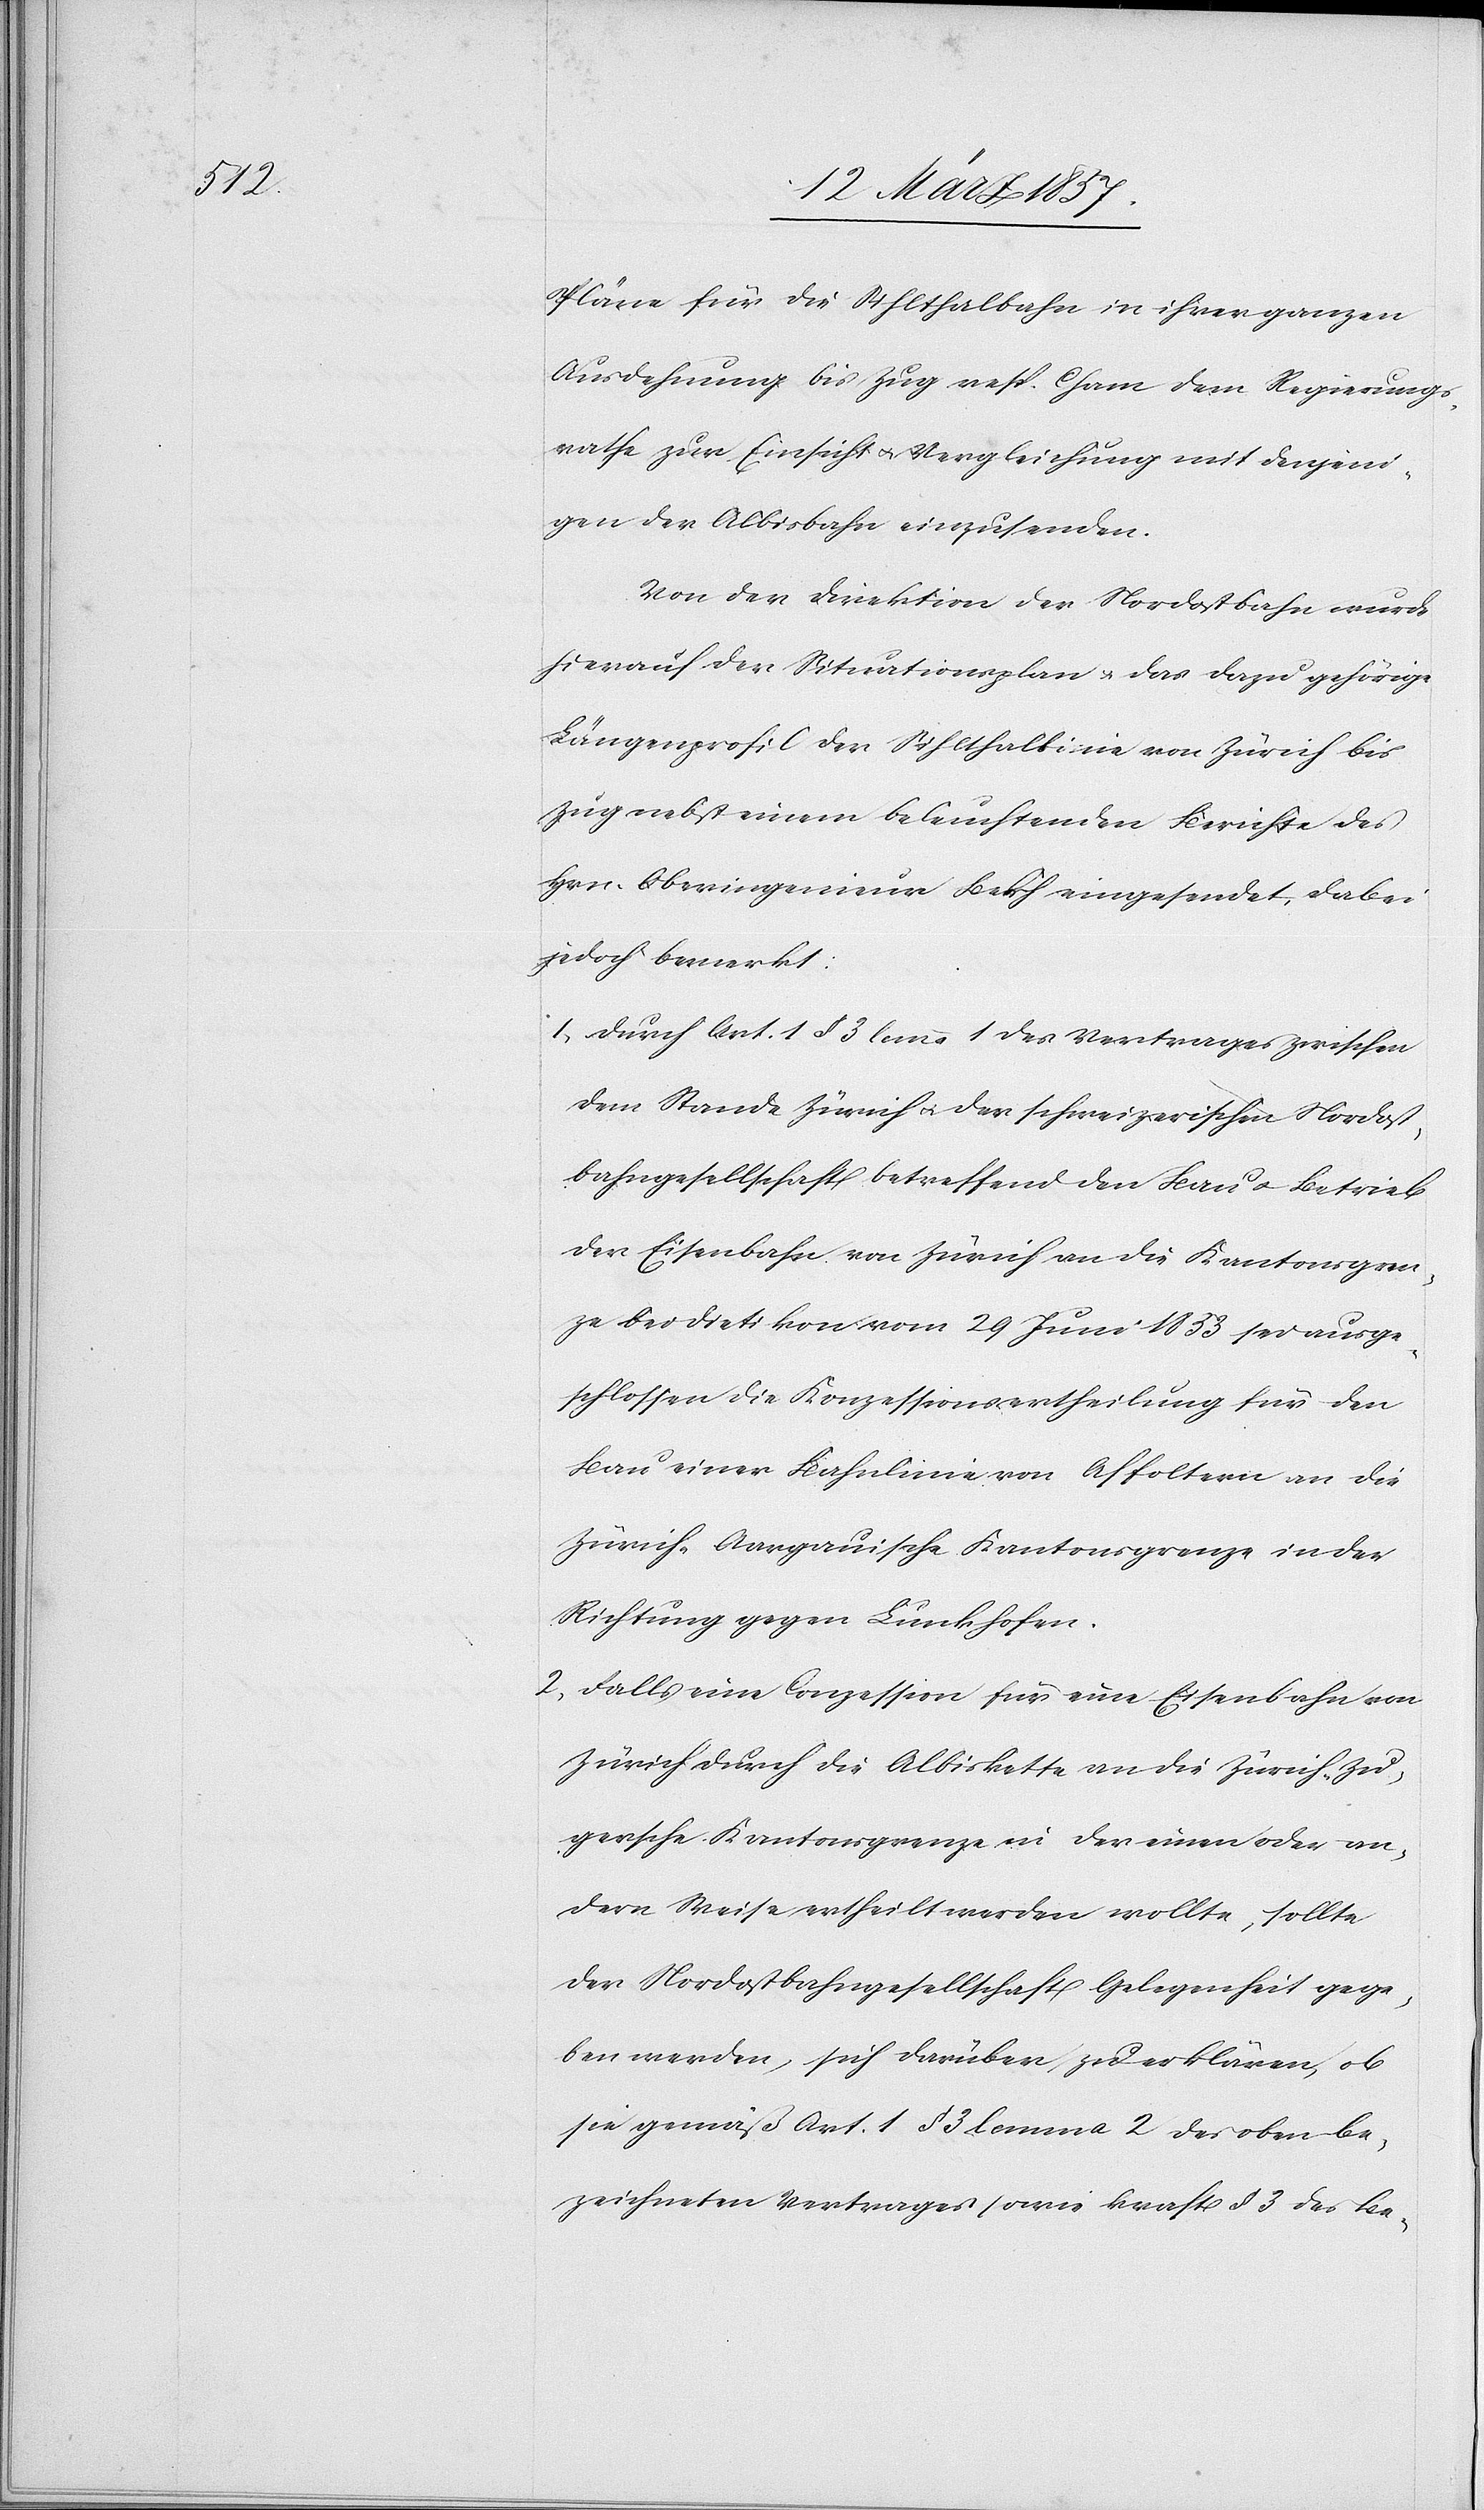
Pläne für die Sihlthalbahn in ihrer ganzen
Ausdehnung bis Zug resp. Cham dem Regierungs¬
rathe zur Einsicht u. Vergleichung mit denjeni¬
gen der Albisbahn einzusenden.
Von der Direktion der Nordostbahn wurde
hierauf der Situationsplan u. das dazu gehörige
Längenprofil der Sihlthallinie von Zürich bis
Zug nebst einem beleuchtenden Berichte des
Hrn. Oberingenieur eingesendet, dabei
jedoch bemerkt:
1. durch Art. 1 § 3 lemma 1 des Vertrages zwischen
dem Stande Zürich u. der schweizerischen Nordost¬
bahngesellschaft betreffend den Bau u. Betrieb
der Eisenbahn von Zürich an die Kantonsgren¬
ze bei Dietikon vom 29 Juni 1833 sei ausge¬
schlossen die Konzessionsertheilung für den
Bau einer Bahnlinie von Affoltern an die
Zürich-Aargauische Kantonsgrenze in der
Richtung gegen Lunkhofen.
2. Falls eine Conzession für eine Eisenbahn von
Zürich durch die Albiskette an die Zürich-Zu¬
gersche Kantonsgrenze in der einen oder an¬
dern Weise ertheilt werden wollte, sollte
der Nordostbahngesellschaft Gelegenheit gege¬
ben werden, sich darüber zu erklären, ob
sie gemäß Art. 1 § 3 lemma 2 des oben be¬
zeichneten Vertrages sowie kraft § 3 des Be-